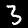
Digit: 3